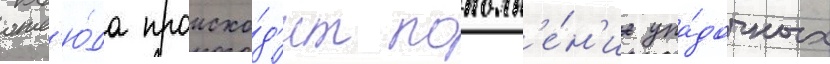
отс'ю́да происхо́д'ит пополн'е́н'ие упа́дочных